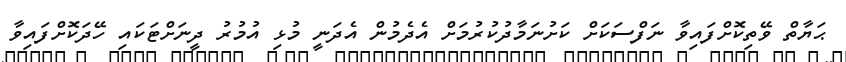
ޙަޔާތް ވޭތިކޮށްފައިވާ ނަފްސަކަށް ކަށުނަމާދުކުރުމަށް އެދެމުން އެދަނީ މުޅި އުމުރު ދީނަށްޓަކައި ހޭދަކޮށްފައިވާ